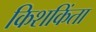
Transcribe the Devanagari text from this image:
किशकिंता